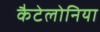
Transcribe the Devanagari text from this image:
कैटेलोनिया